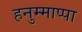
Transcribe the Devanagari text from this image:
हनुम्माप्पा